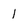
Character: 1